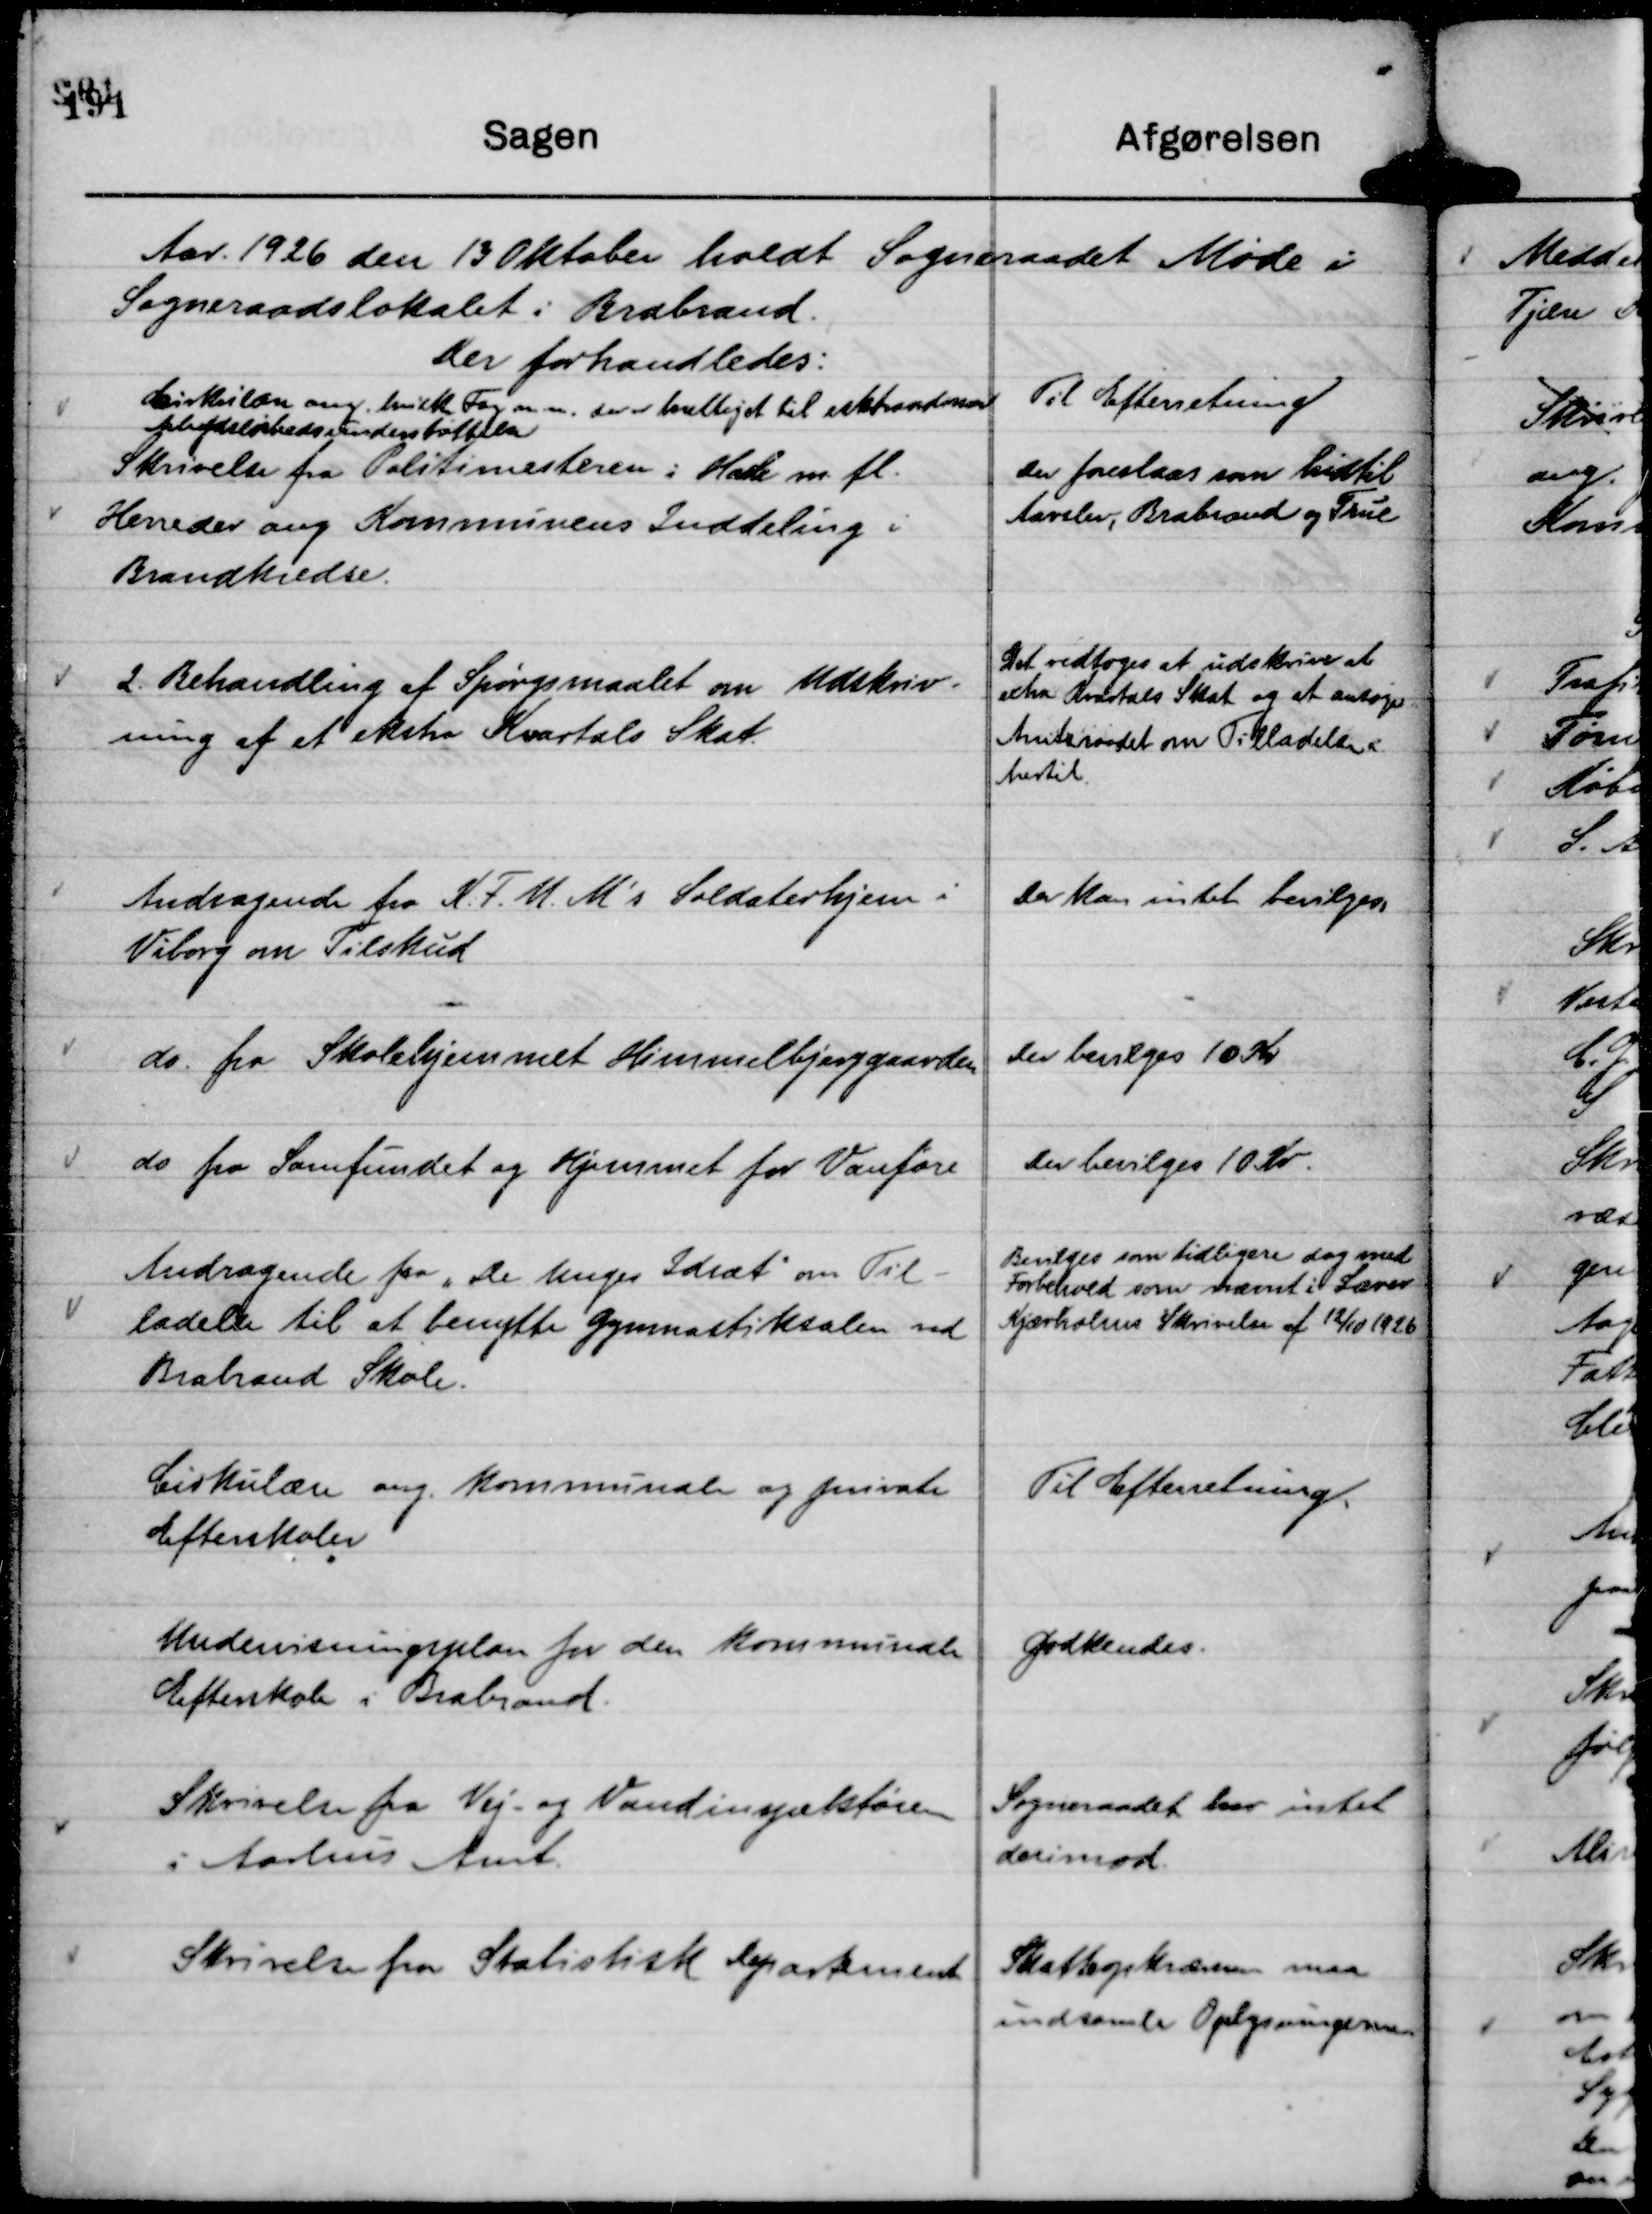
Transskription:
Aar 1926 den 13 Oktober holdt Sogneraadet Møde i
Sogneraadslokalet i Brabrand.
Der forhandledes.

Cirkulære ang. hvilke Fag m m. der er berettiget til ekstraordinær
Arbejdsløshedsunderstøttelse

Til Efterretning

Skrivelse fra Politimesteren i Hasle m. fl.
Herreder ang Kommunens Inddeling i
Brandkredse.

Der foreslaas som hidtil
Aarslev, Brabrand og True

2. Behandling af Spørgsmaalet om Udskriv-
ning af et ekstra Kvartals Skat.

Det vedtoges at udskrive et
extra Kvartals Skat og at ansøge
Amtsraadet om Tilladelse
hertil.

Andragende fra K. F. U. M's Soldaterhjem i
Viborg om Tilskud

Der kan intet bevilges.

do. fra Skolehjemmet Himmelbjerggaarden

Der bevilges 10 Kr

do fra Samfundet og Hjemmet for Vanføre

Der bevilges 10 Kr.

Andragende fra "De Unges Idræt"

om Til-
ladelse til at benytte Gymnastiksalen ved
Brabrand Skole.

Bevilges som tidligere dog med
Forbehold som nævnt i Lærer
Kjærholms Skrivelse af 12/10 1926

Cirkulære ang. kommunale og private
Efterskoler

Til Efterretning.

Undervisningsplan for den kommunale
Efterskole i Brabrand.

Godkendes.

Skrivelse fra Vej- og Vandinspektøren
i Aarhus Amt.

Sogneraadet har intet
derimod.

Skrivelse fra Statistisk Departement

Skatteopkræveren maa
indsamle Oplysningerne.